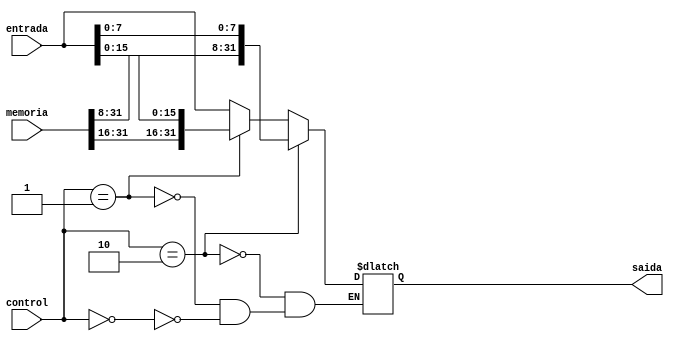
module storesize(
	input wire [31:0] memoria,
	input wire [31:0] entrada,
	input wire [1:0] control,
	output reg [31:0] saida
);

always @(*) begin
	if (control == 2'b00) begin //word
		saida = entrada;
	end
	if (control == 2'b01) begin //halfword
		saida = {memoria[31:16], entrada[15:0]};
	end
	if (control == 2'b10) begin //byte
		saida = {memoria[31:8], entrada[7:0]};
	end
		
end


endmodule